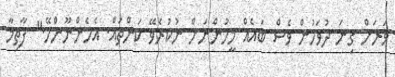
ވަރަށް ގިނަ ދުވަހުން ވެސް ބައެއް މީހުންނަށް ނުކުރެވޭ ކަންތައް. އެހެންނޫންހޭ." ފާތިމާ